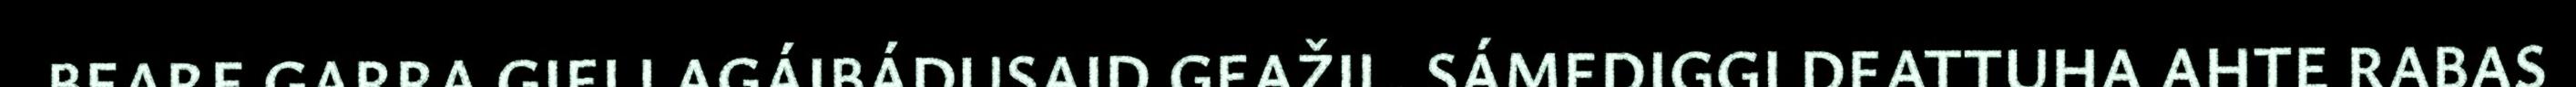
BEARE GARRA GIELLAGÁIBÁDUSAID GEAŽIL. SÁMEDIGGI DEATTUHA AHTE RABAS